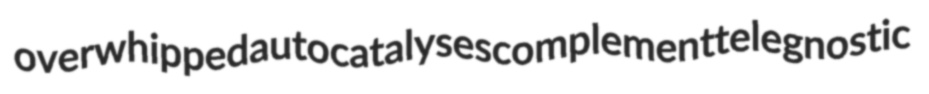
overwhipped autocatalyses complement telegnostic